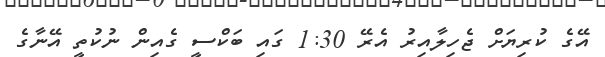
އޭގެ ކުރިޔަށް ޖެހިލާއިރު އެރޭ 1:30 ގައި ބަކްސީ ގެއިން ނުކުތީ އޭނާގެ